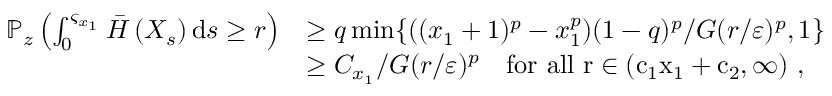
\begin{array} { r l } { \mathbb P _ { z } \left( \int _ { 0 } ^ { \varsigma _ { x _ { 1 } } } \bar { H } \left( X _ { s } \right) { \mathrm d } s \geq r \right) } & { \geq q \operatorname* { m i n } \{ ( ( x _ { 1 } + 1 ) ^ { p } - x _ { 1 } ^ { p } ) ( 1 - q ) ^ { p } / G ( r / \varepsilon ) ^ { p } , 1 \} } \\ & { \geq C _ { x _ { 1 } } / G ( r / \varepsilon ) ^ { p } \quad \mathrm { f o r ~ a l l ~ r \in ( c _ 1 x _ 1 + c _ 2 , \infty ) ~ , } } \end{array}